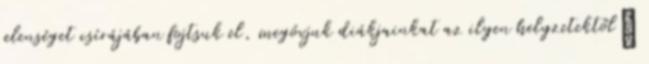
jelenséget csírájában fojtsuk el, megóvjuk diákjainkat az ilyen helyzetektől”